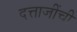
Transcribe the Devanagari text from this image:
दत्ताजींची